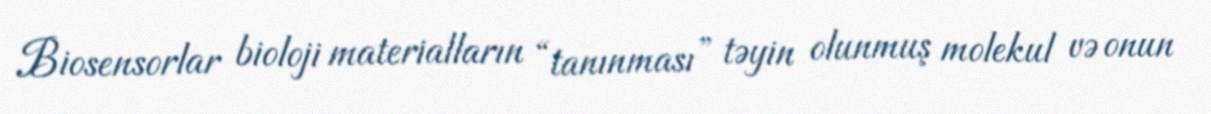
Biosensorlar bioloji materialların “tanınması” təyin olunmuş molekul və onun